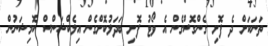
ތަނަކަށް ދެ ފޮށި ގެންގޮސްގެން އެ ވޯޓު ފޮށި ބަދަލުކޮށްގެން އިލެކްޝަންސް ކޮމިޝަނުން